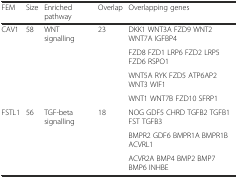
<table><thead><tr><td><b>FEM</b></td><td><b>Size</b></td><td><b>Enriched pathway</b></td><td><b>Overlap</b></td><td><b>Overlapping genes</b></td></tr></thead><tbody><tr><td rowspan="4">CAV1</td><td rowspan="4">58</td><td rowspan="4">WNT signalling</td><td rowspan="4">23</td><td>DKK1 WNT3A FZD9 WNT2 WNT7A IGFBP4</td></tr><tr><td>FZD8 FZD1 LRP6 FZD2 LRP5 FZD6 RSPO1</td></tr><tr><td>WNT5A RYK FZD5 ATP6AP2 WNT3 WIF1</td></tr><tr><td>WNT1 WNT7B FZD10 SFRP1</td></tr><tr><td rowspan="3">FSTL1</td><td rowspan="3">56</td><td rowspan="3">TGF-beta signalling</td><td rowspan="3">18</td><td>NOG GDF5 CHRD TGFB2 TGFB1 FST TGFB3</td></tr><tr><td>BMPR2 GDF6 BMPR1A BMPR1B ACVRL1</td></tr><tr><td>ACVR2A BMP4 BMP2 BMP7 BMP6 INHBE</td></tr></tbody></table>